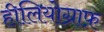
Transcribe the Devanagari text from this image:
हीलियोग्राफ़